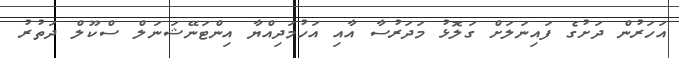
އަހަރުން ދަށުގެ ފައިނަލަށް ގަލޮޅު މަދަރުސާ އާއި އަހުމަދިއްޔާ އިންޓަނޭޝަނަލް ސްކޫލް ދަތުރު